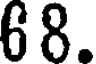
68.